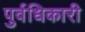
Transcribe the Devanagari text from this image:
पुर्वधिकारी